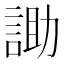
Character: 𮘑